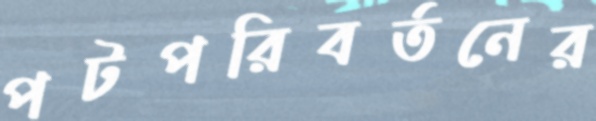
পটপরিবর্তনের